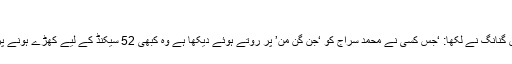
’
ایک دوسرے صارف گنیش گنانگ نے لکھا: ‘جس کسی نے محمد سراج کو ‘جَن گَن مَن’ پر روتے ہوئے دیکھا ہے وہ کبھی 52 سیکنڈ کے لیے کھڑے ہونے پر اعتراض نہیں کریں گے۔